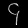
Digit: ၄